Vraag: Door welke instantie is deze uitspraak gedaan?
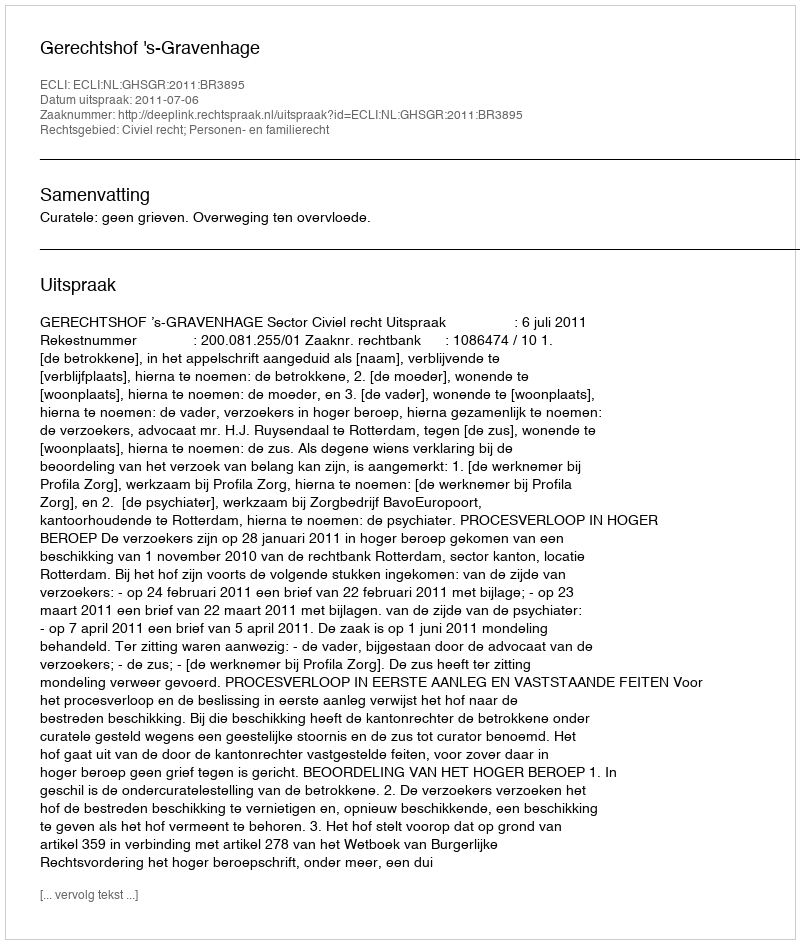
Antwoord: Gerechtshof 's-Gravenhage